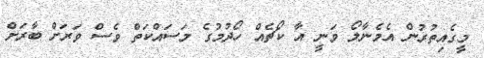
މީގެއިތުރުން އެމެނާލޯ ވަނީ އާ ކޯޗެއް ހޯދުމުގެ މަސައްކަތް ވެސް ވަރަށް ބާރަށް